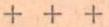
+ + +